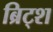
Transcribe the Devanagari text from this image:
ब्रिट्श